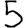
Digit: 5